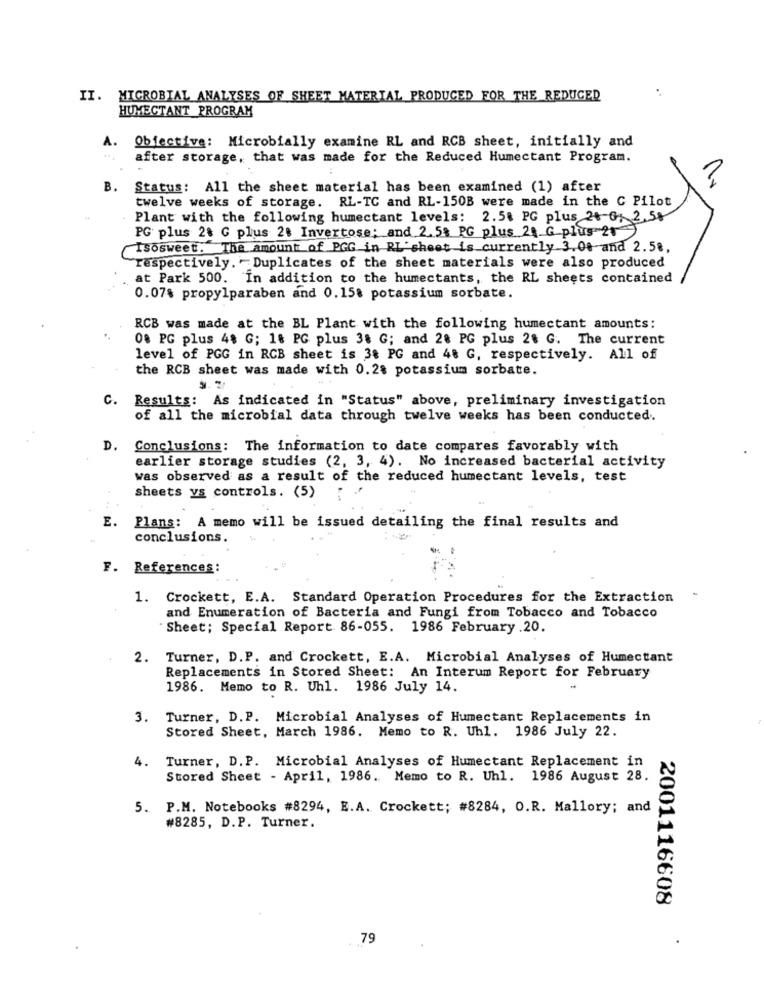
II. MICROBIAL ANALYSES OF SHEET MATERIAL PRODUCED FOR THE REDUCED
HUMECTANT PROGRAM
1.
Objective: Microbially examine RL and RCB sheet, initially and
after storage, that was made for the Reduced Humectant Program.
B.
Status: All the sheet material has been examined (1) after
twelve weeks of storage. RL-TC and RL-150B were made in the C Pilot
Plant with the following humectant levels: 2.5% PG plus 21-0: 2,58
PG plus 20 G plus 21 Invertose; and 2.5% PG plus 20 G plus 21
Isosweet. The amount of PGG in RL sheet is currently 3.00 and 2.58.
respectively. Duplicates of the sheet materials were also produced
at Park 500. In addition to the humectants, the RL sheets contained
0.07% propylparaben and 0.15% potassium sorbate.
RCB was made at the BL Plant with the following humectant amounts:
08 PG plus 4$ G; 18 PG plus 38 G; and 28 PG plus 28 G. The current
level of PGG in RCB sheet is 3% PG and 48 G, respectively. All of
the RCB sheet was made with 0.28 potassium sorbate.
9. 2/
c.
Results: As indicated in "Status" above, preliminary investigation
of all the microbial data through twelve weeks has been conducted.
D.
Conclusions: The information to date compares favorably with
earlier storage studies (2, 3, 4). No increased bacterial activity
was observed as a result of the reduced humectant levels, test
sheets ys controls. (5)
E.
Plans: A memo will be issued detailing the final results and
conclusions
F. References:
1. Crockett, E.A. Standard Operation Procedures for the Extraction
-
and Enumeration of Bacteria and Fungi from Tobacco and Tobacco
" Sheet; Special Report 86-055. 1986 February .20.
2. Turner, D.P. and Crockett, E.A. Microbial Analyses of Humectant
Replacements in Stored Sheet: An Interum Report for February
1986. Memo to R. Uhl. 1986 July 14.
3. Turner, D.P. Microbial Analyses of Humectant Replacements in
Stored Sheet, March 1986. Memo to R. Uhl. 1986 July 22.
4. Turner, D.P. Microbial Analyses of Humectant Replacement in
Stored Sheet - April, 1986. Memo to R. Uhl. 1986 August 28.
5. P.M. Notebooks #8294, E.A. Crockett; #8284, O.R. Mallory; and
#8285, D.P. Turner.
2001116608
79